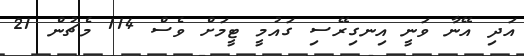
އަދި އޭނާ ވަނީ އިނގިރޭސި ގައުމީ ޓީމަށް ވެސް 114 މެޗުން 21